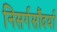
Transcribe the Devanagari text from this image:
निसर्गसौंदर्या